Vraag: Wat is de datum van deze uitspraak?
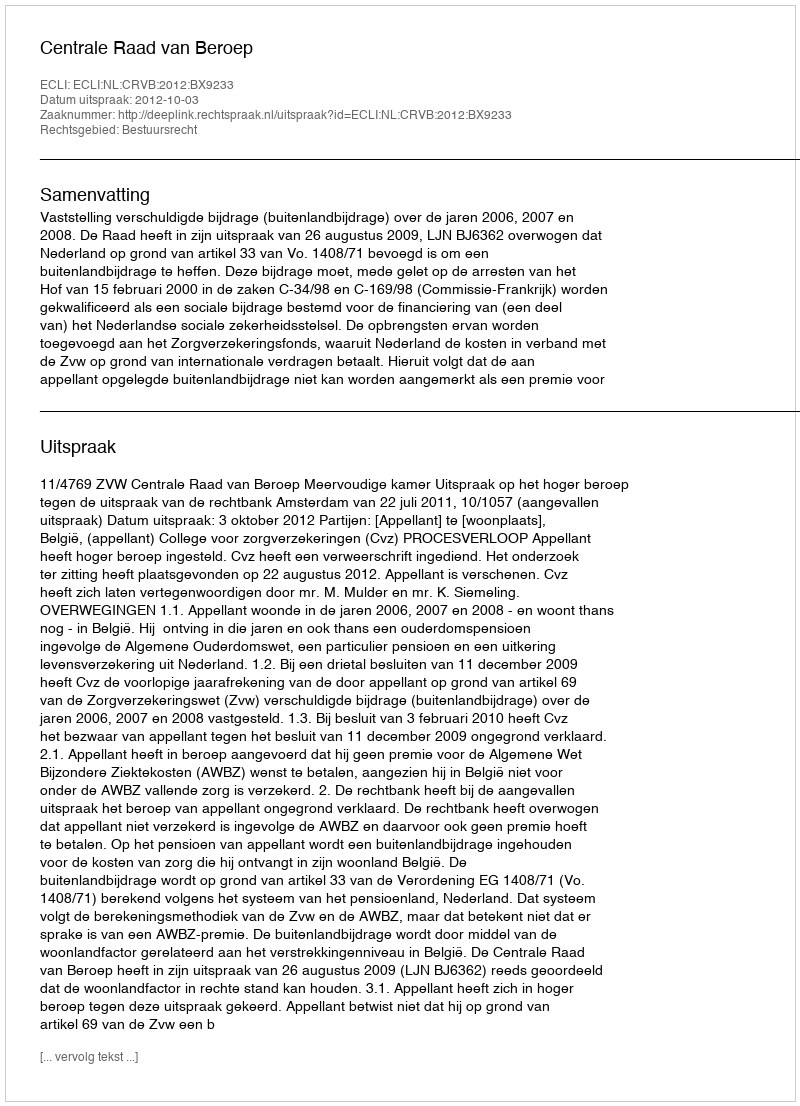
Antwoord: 2012-10-03